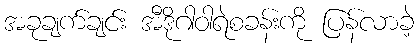
အခုချက်ချင်း အီဒိုဂါဝါရဲစခန်းကို ပြန်လာခဲ့